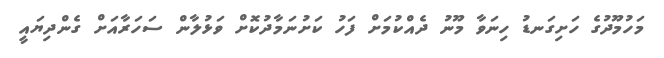
މަހުމޫދުގެ ހަށިގަނޑު ހިނަވާ މޫނު ދެއްކުމަށް ފަހު ކަށުނަމާދުކޮށް ވަޅުލާން ސަހަރާއަށް ގެންދިޔައީ